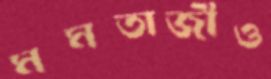
মমতাজীও